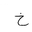
Letter: _kha